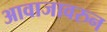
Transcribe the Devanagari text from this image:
आवाजावरुन